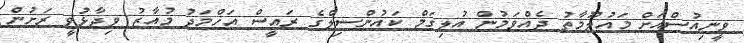
ވީނިއުސްއަށް މައުލޫމާތު ދެއްވަމުން އުލިގަމް ކައުންސިލްގެ ރައީސް އަހްމަދު މުއާޒު ވިދާޅުވީ ރަށުން